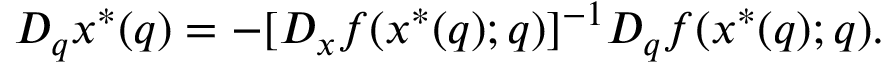
D _ { q } x ^ { * } ( q ) = - [ D _ { x } f ( x ^ { * } ( q ) ; q ) ] ^ { - 1 } D _ { q } f ( x ^ { * } ( q ) ; q ) .